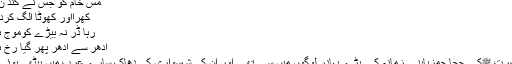
مسِ خام کو جس نے کند ن بنایا
کھرااور کھوٹا الگ کردکھایا
رہا ڈر نہ بیڑے کوموجِ بلا کا
اُدھر سے اِدھر پھر گیا رخ ہوا کا
آنحضرت ﷺکے چچا حمزہؓاپنے زمانہ کے بڑے بہادر لوگوں میں سے تھے اور ان کی شہسواری کی دھاک سارے عرب میں بیٹھی ہوئی تھی۔